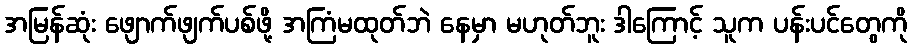
အမြန်ဆုံး ဖျောက်ဖျက်ပစ်ဖို့ အကြံမထုတ်ဘဲ နေမှာ မဟုတ်ဘူး ဒါကြောင့် သူက ပန်းပင်တွေကို